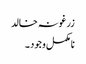
زرغونہ خالد
نامکمل وجود ۔